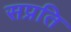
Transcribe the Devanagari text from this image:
सप्रति